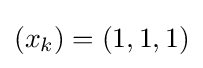
(x_{k})=(1,1,1)